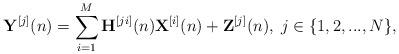
LaTeX: \begin{align*}{{\bf{Y}}^{[j]}}(n) = \sum\limits_{i=1}^{M} {{{\bf{H}}^{[ji]}}(n){{\bf{X}}^{[i]}}(n)} + {{\bf{Z}}^{[j]}}(n),\;j \in \{ 1,2,...,N\}, \end{align*}